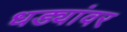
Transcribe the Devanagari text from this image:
धड्यांवर